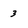
Character: 3